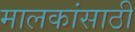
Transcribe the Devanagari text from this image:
मालकांसाठी